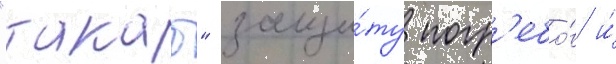
"такао" защи́ту погр'ебо́в и́